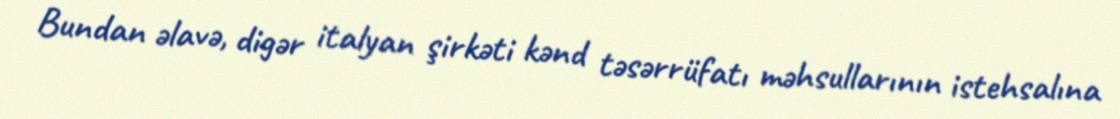
Bundan əlavə, digər italyan şirkəti kənd təsərrüfatı məhsullarının istehsalına